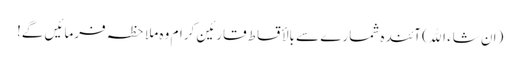
(ان شاء اﷲ) آئندہ شمارے سے بالأقساط قارئین کرام وہ ملاحظہ فرمائیں گے!